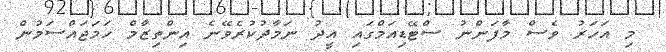
މި އަހަރު ވެސް މާފަންނު ސްޓޭޑިއަމްގައި އީދު ނަމާދުކުރެވޭނެ އިންތިޒާމް ހަމަޖައްސަމުން